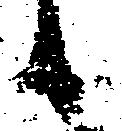
候